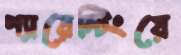
প্যারেন্টিংয়ে